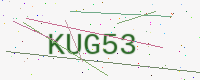
Text: KUG53